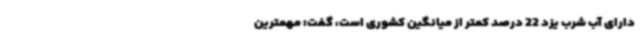
دارای آب شرب یزد 22 درصد کمتر از میانگین کشوری است، گفت: مهمترین